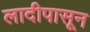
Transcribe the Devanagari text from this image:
लादीपासून